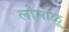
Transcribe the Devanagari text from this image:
लोभाळू